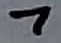
Text: 7